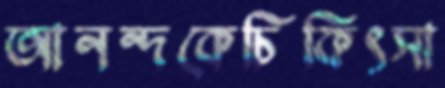
আনন্দকেচিকিৎসা